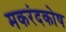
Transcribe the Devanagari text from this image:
मकरंदकोष